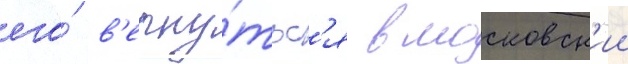
его́ в'ерну́тьс'я в московск'ии